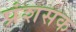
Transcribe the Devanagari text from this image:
प्रंशसक